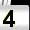
Digit: 4